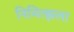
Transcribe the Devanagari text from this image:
निमित्झला